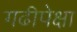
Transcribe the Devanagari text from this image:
गढीपेक्षा